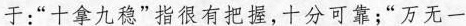
于：”十拿九稳”指很有把握，十分可靠；”万无一